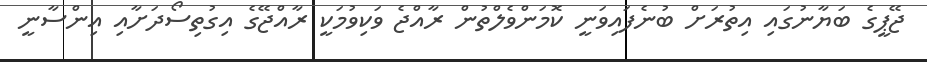
ޖޭޕީގެ ބަޔާނުގައި އިތުރަށް ބުނެފައިވަނީ ކޮމަންވެލްތުން ރާއްޖެ ވަކިވުމަކީ ރާއްޖޭގެ އިގުތިސޯދަށާއި އިންސާނީ